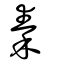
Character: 秦